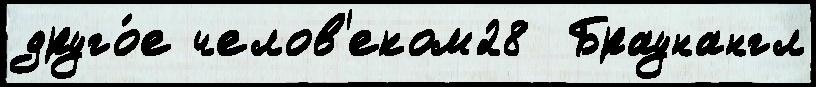
друго́е челов'еком28  Браунангл